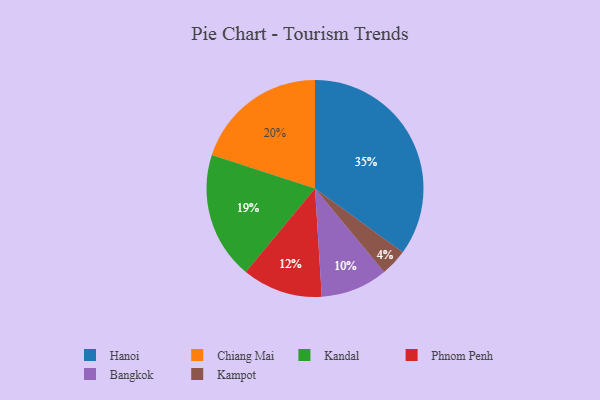
{"axis": {"x": "Category", "y": "Percentage"}, "legend": ["Bangkok", "Chiang Mai", "Hanoi", "Kampot", "Kandal", "Phnom Penh"], "data": [{"x": "Kampot", "y": 4, "type": "Kampot"}, {"x": "Kandal", "y": 19, "type": "Kandal"}, {"x": "Hanoi", "y": 35, "type": "Hanoi"}, {"x": "Bangkok", "y": 10, "type": "Bangkok"}, {"x": "Chiang Mai", "y": 20, "type": "Chiang Mai"}, {"x": "Phnom Penh", "y": 12, "type": "Phnom Penh"}]}